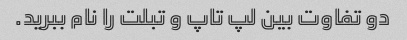
دو تفاوت بین لپ تاپ و تبلت را نام ببرید.